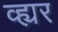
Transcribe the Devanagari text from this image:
व्ह्यर